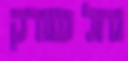
נחל שורק